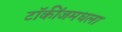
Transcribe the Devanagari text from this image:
टॉकींजमधला